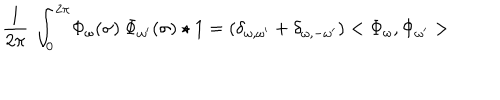
LaTeX: \frac { 1 } { 2 \pi } \: \int _ { 0 } ^ { 2 \pi } \! \Phi _ { \omega } ( \sigma ) \: \Phi _ { \omega ^ { \prime } } ( \sigma ) \star 1 = ( \delta _ { \omega , \omega ^ { \prime } } + \delta _ { \omega , - \omega ^ { \prime } } ) < \Phi _ { \omega } , \Phi _ { \omega ^ { \prime } } >